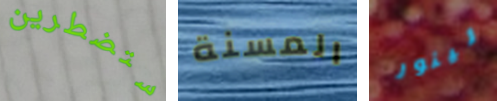
ستضطرين المسنة لينور